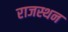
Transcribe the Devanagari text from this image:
राजस्थन